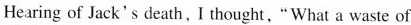
Hearing of Jack's death. I thought, "What a waste of